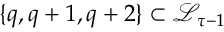
\{ q , q + 1 , q + 2 \} \subset \mathcal { L } _ { \tau - 1 }